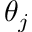
\theta _ { j }